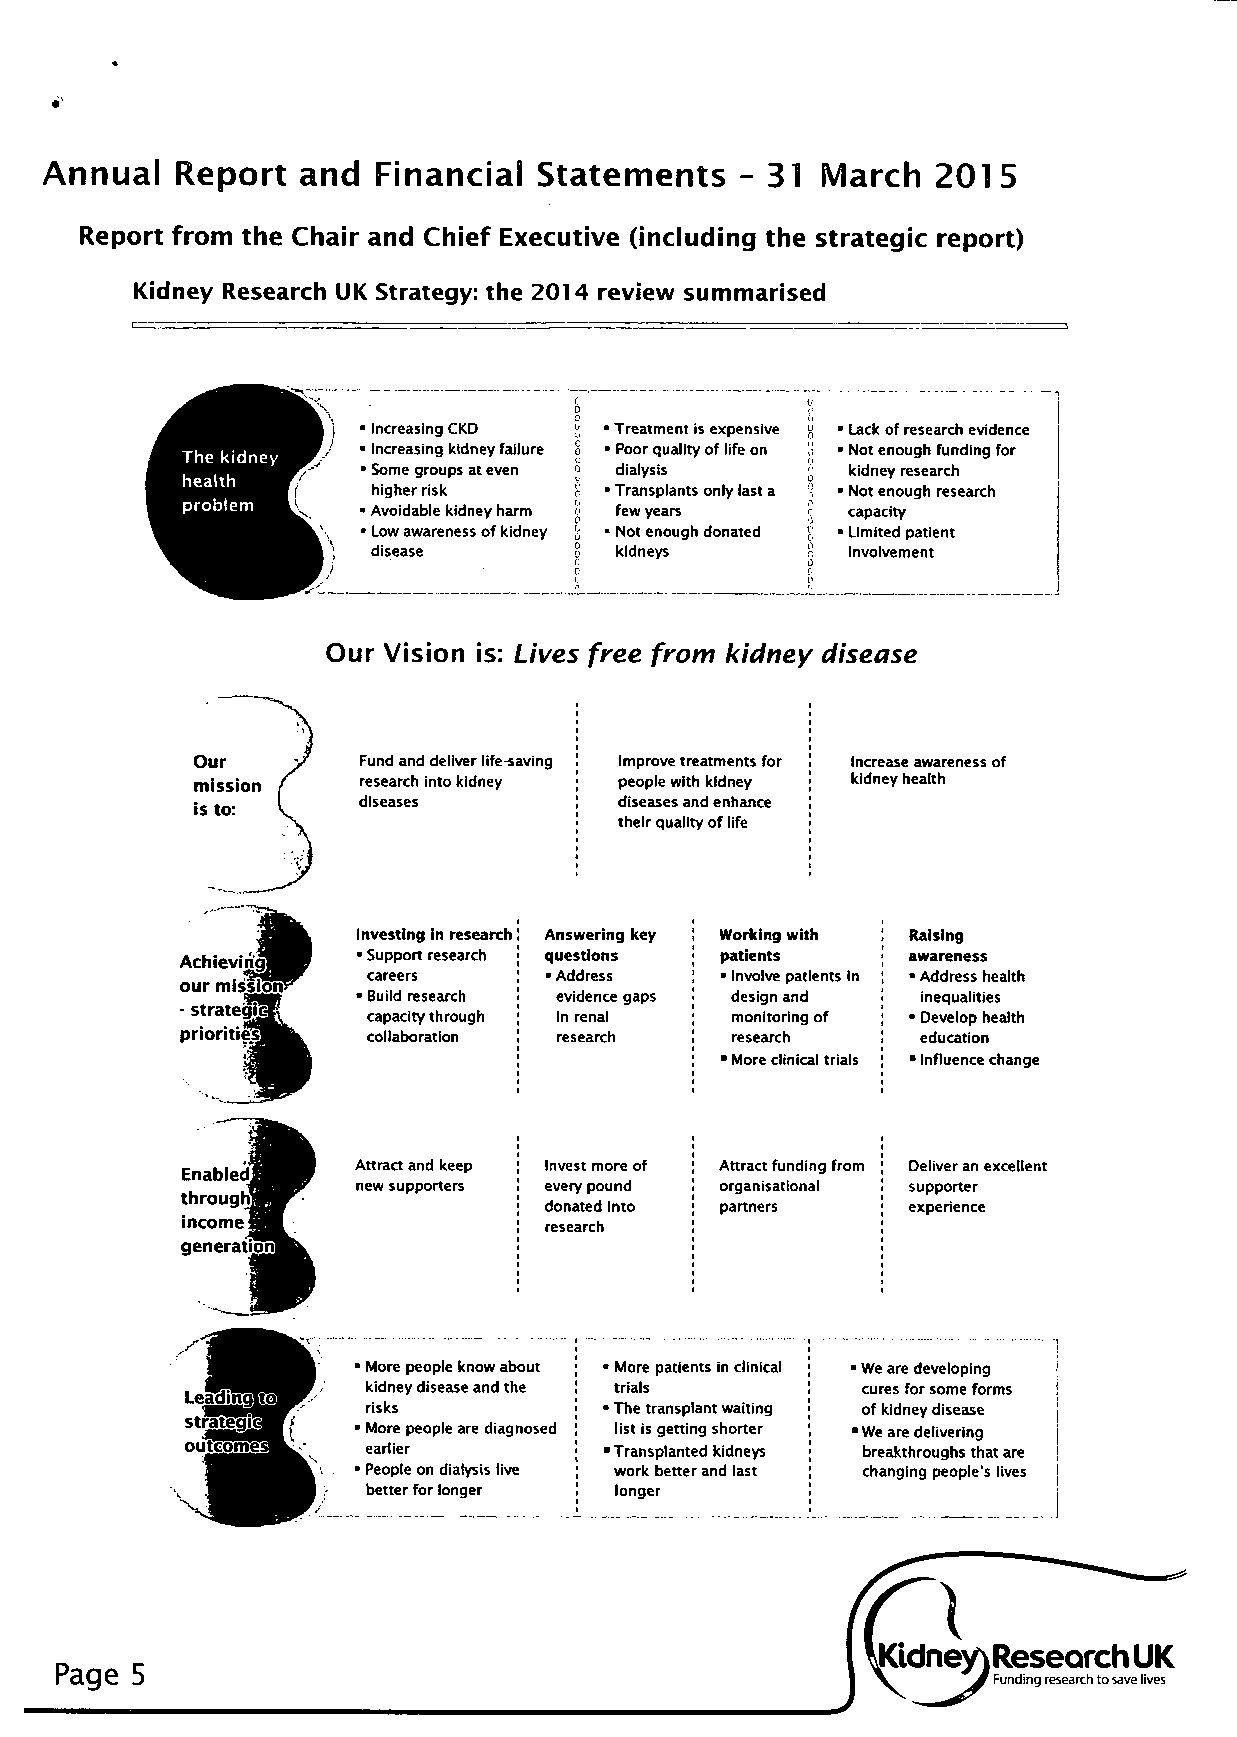
Annual   Report  and  Financial Statements    - 31 March   2015
 Report from the Chair and Chief Executive (including the strategic report)
 Kidney Research UK Strategy: the 2014 review summarised
 ' Increasing CKD • Treatment is expensive ' Lack of research evidence
 1 Increasing kidney failure • Poor quality of life on 1 Not enough funding for
 The kidney
 • Some groups at even dialysis  kidney research
 health
 higher risk    • Transplants only last a 1 Not enough research
 problem     1 Avoidable kidney harm few years capacity
 • Low awareness of kidney • Not enough donated • Limited patient
 disease         kidneys        involvement
 Our Vision is: Lives free from kidney disease
 Fund and deliver life-saving Improve treatments for Increase awareness of
 research into kidney people with kidney kidney health
 diseases         diseases and enhance
 their quality of life
 Investing in research Answering key Working with Raising
 Achievingl  • Support research questions patients awareness
 careers     • Address   • Involve patients In • Address health
 our mission?
 • Build research evidence gaps design and inequalities
 - strategic
 capacity through in renal monitoring of • Develop health
 priorities] collaboration research  research     education
 • More clinical trials • Influence change
 Attract and keep Invest more of Attract funding from Deliver an excellent
 Enabledj
 new supporters every pound organisational supporter
 th roughs
 donated into partners   experience
 income j
 research
 generation!
 1 More people know about • More patients in clinical • We are developing
 kidney disease and the trials    cures for some forms
 risks           • The transplant waiting of kidney disease
 1 More people are diagnosed list is getting shorter • We are delivering
 earlier         • Transplanted kidneys breakthroughs that are
 1 People on dialysis live work better and last changing people's lives
 better for longer longer
 ^Kidney) Research UK
 Page 5
 ^# Funding research to save lives